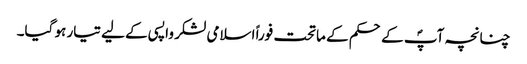
چنانچہ آپؐ کے حکم کے ماتحت فوراً اسلامی لشکر واپسی کے لیے تیار ہو گیا۔